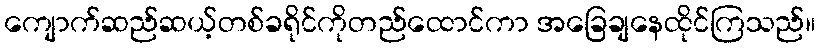
ကျောက်ဆည်ဆယ့်တစ်ခရိုင်ကိုတည်ထောင်ကာ အခြေချနေထိုင်ကြသည်။